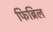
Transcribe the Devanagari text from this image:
फिब्रिल